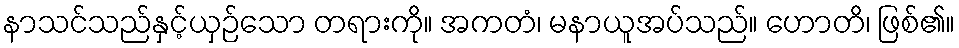
နာသင်သည်နှင့်ယှဉ်သော တရားကို။ အကတံ၊ မနာယူအပ်သည်။ ဟောတိ၊ ဖြစ်၏။